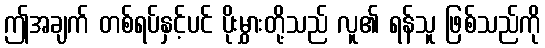
ဤအချက် တစ်ရပ်နှင့်ပင် ပိုးမွှားတို့သည် လူ၏ ရန်သူ ဖြစ်သည်ကို